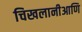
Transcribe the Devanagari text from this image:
चिखलानीआणि